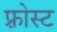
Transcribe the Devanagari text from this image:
फ़्रोस्ट